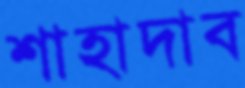
শাহাদাব